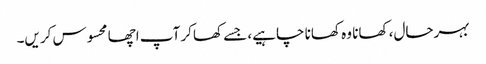
بہرحال، کھانا وہ کھانا چاہیے، جسے کھاکر آپ اچھا محسوس کریں۔